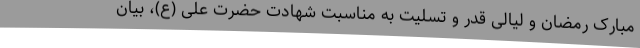
مبارک رمضان و لیالی قدر و تسلیت به مناسبت شهادت حضرت علی (ع)، بیان